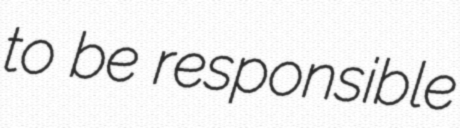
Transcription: to be responsible